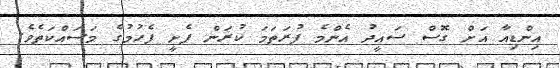
އިންޑިއާ އަށް ގޮސް ސައީދު އެންމެ ފުރަތަމަ ކުރަން ފެށީ ފެހުމުގެ މަސައްކަތެވެ.